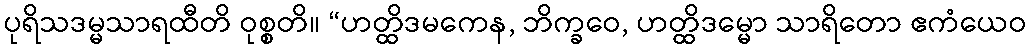
ပုရိသဒမ္မသာရထီတိ ဝုစ္စတိ။ “ဟတ္ထိဒမကေန, ဘိက္ခဝေ, ဟတ္ထိဒမ္မော သာရိတော ဧကံယေဝ